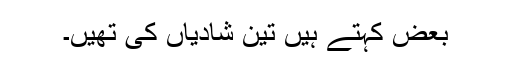
بعض کہتے ہیں تین شادیاں کی تھیں۔